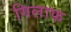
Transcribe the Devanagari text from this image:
गिलाफ